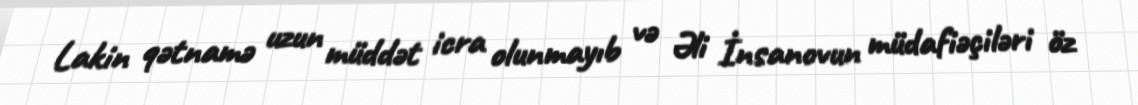
Lakin qətnamə uzun müddət icra olunmayıb və Əli İnsanovun müdafiəçiləri öz